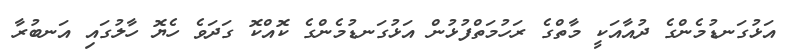
އަޅުގަނޑުމެންގެ ދުއާއަކީ މާތްގެ ރަހުމަތްފުޅުން އަޅުގަނޑުމެންގެ ކޮއްކޮ ގަދަވެ ހެޔޮ ހާލުގައި އަނބުރާ